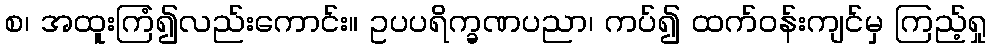
စ၊ အထူးကြံ၍လည်းကောင်း။ ဥပပရိက္ခဏပညာ၊ ကပ်၍ ထက်ဝန်းကျင်မှ ကြည့်ရှု